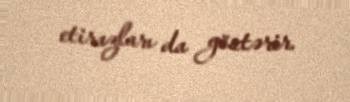
etirazları da göstərir.